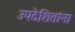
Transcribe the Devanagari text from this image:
उपदेशितांना